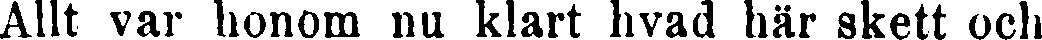
Allt var honom nu klart hvad här skett och